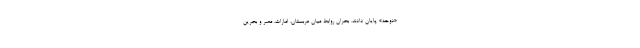
«دوحه» پایان دادند. بحران روابط میان عربستان، امارات، مصر و بحرین